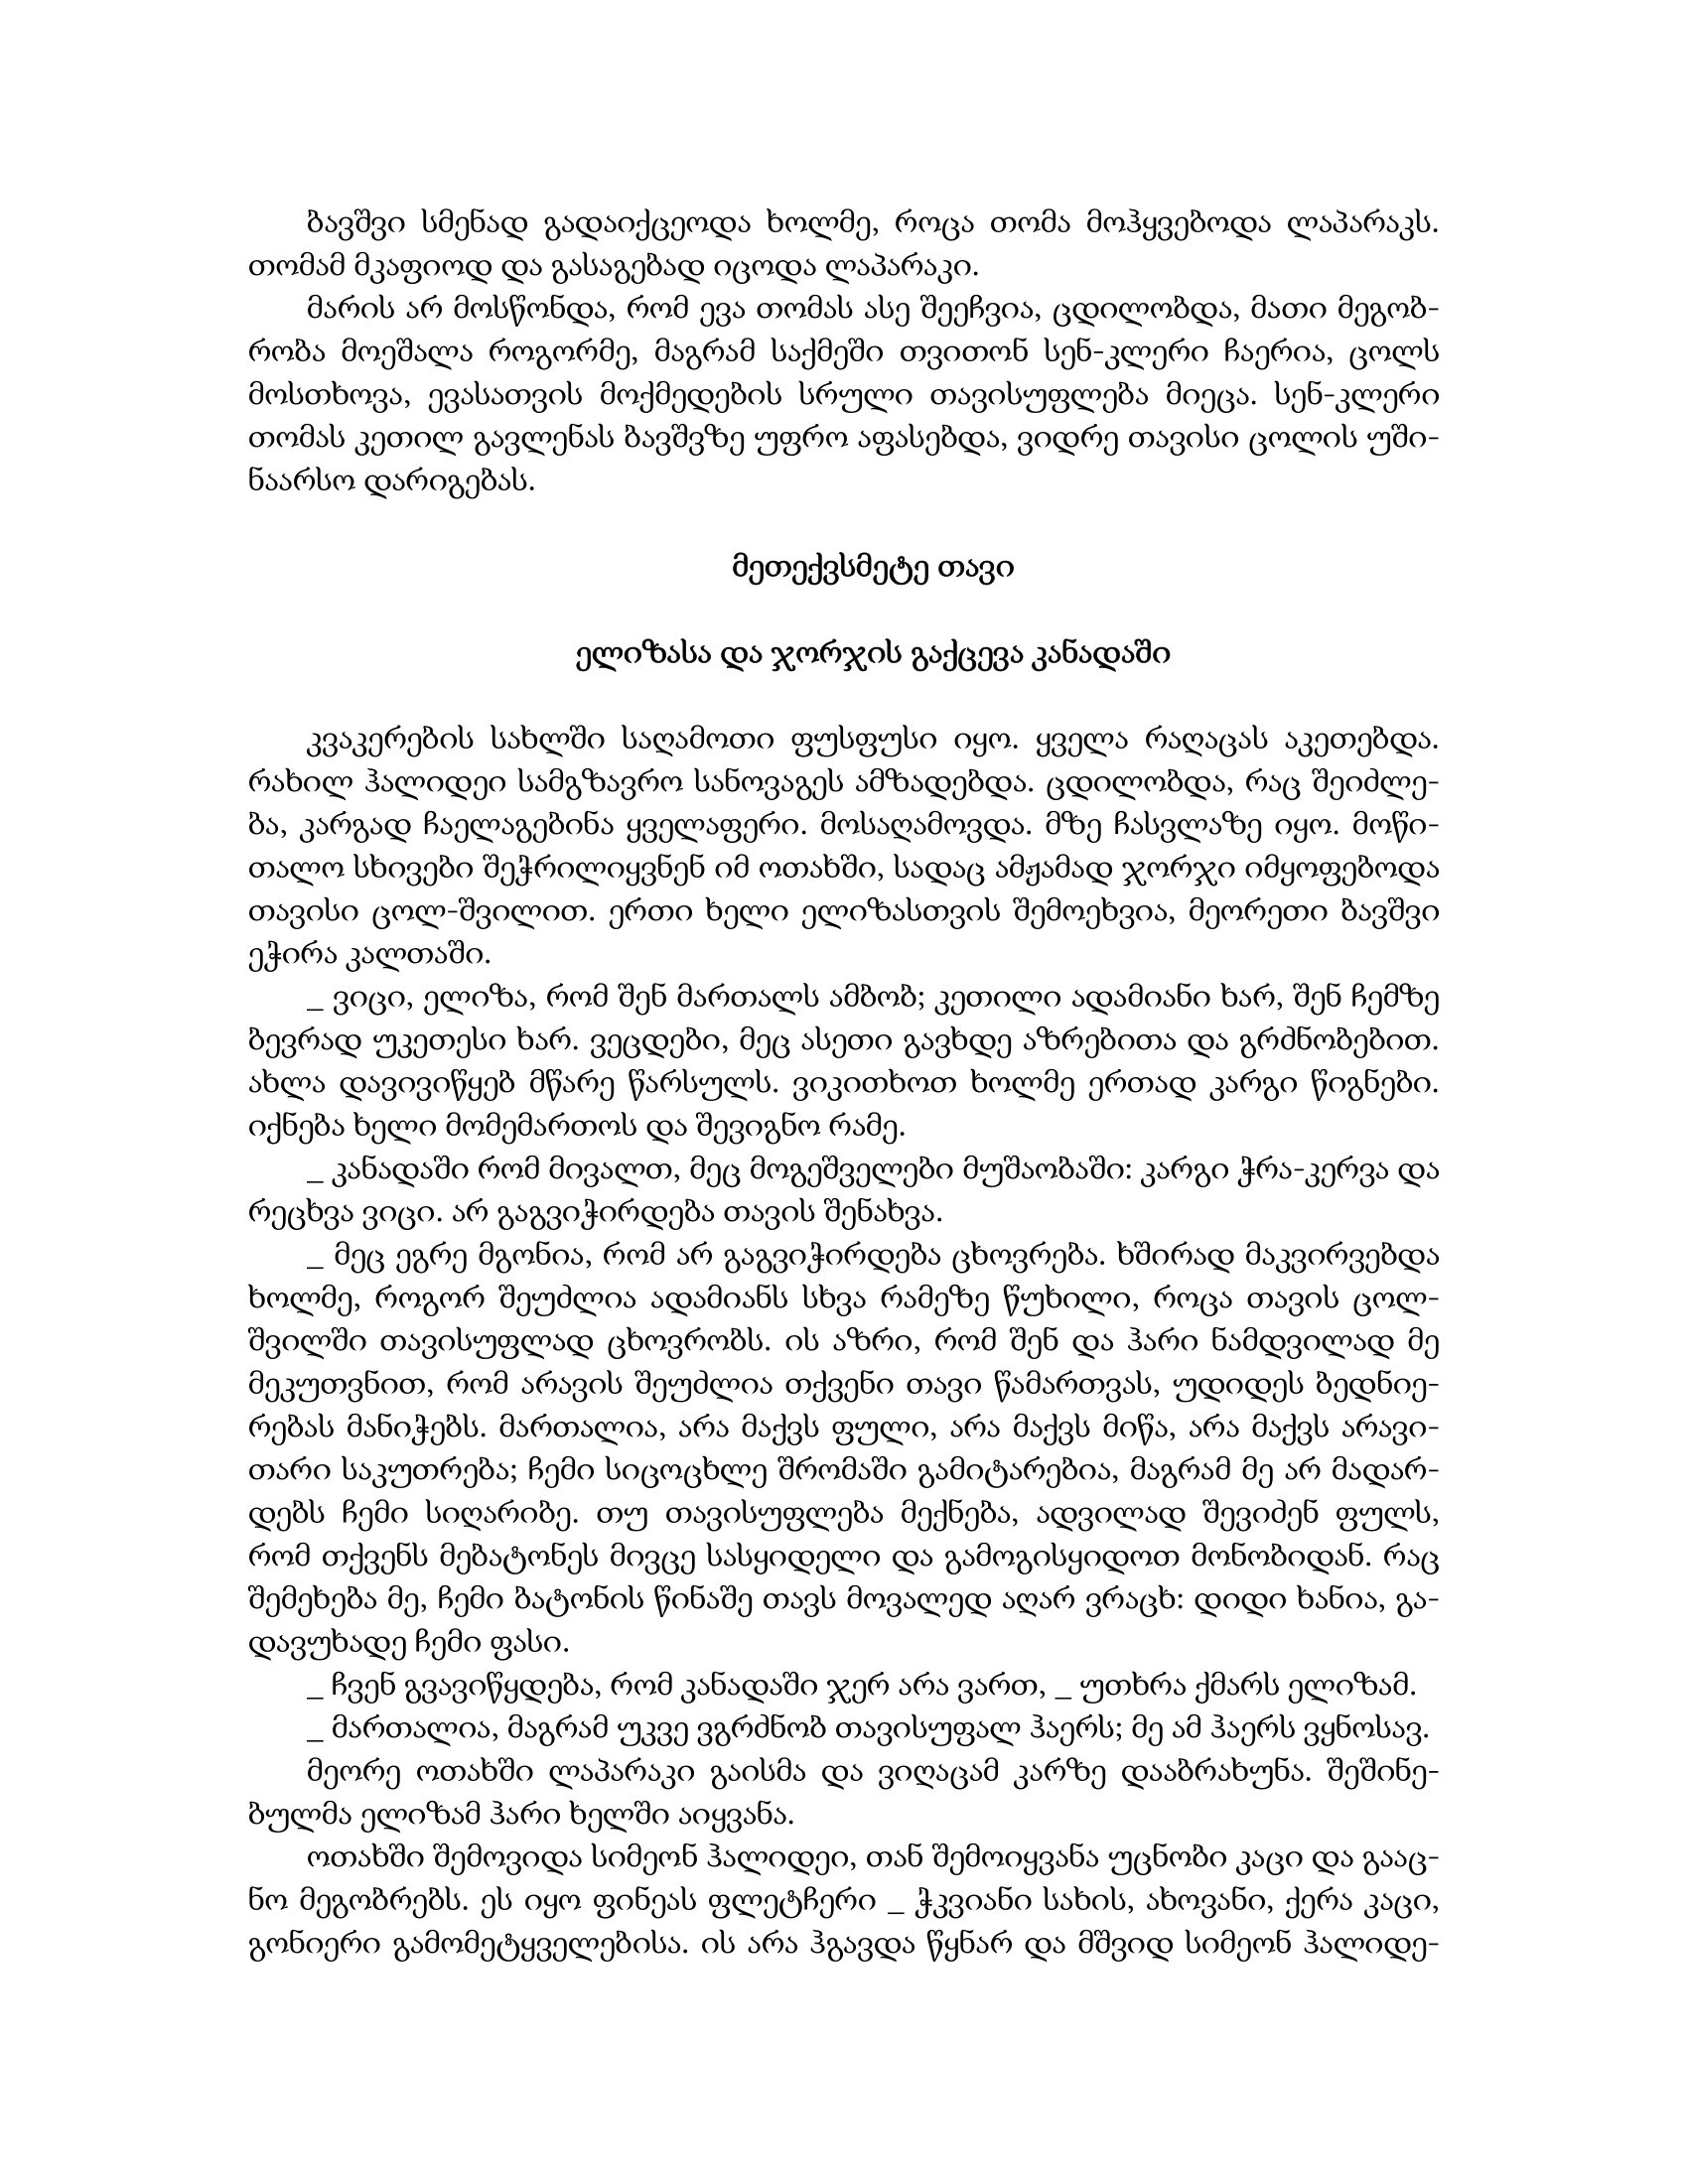
Language: gr